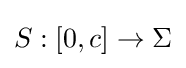
S:[0,c]\to \Sigma